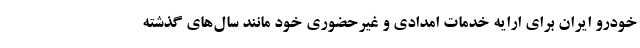
خودرو ایران برای ارایه خدمات امدادی و غیرحضوری خود مانند سال‌های گذشته